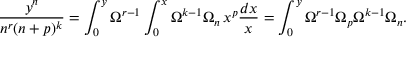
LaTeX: \frac { y ^ { n } } { n ^ { r } ( n + p ) ^ { k } } = \int _ { 0 } ^ { y } \Omega ^ { r - 1 } \int _ { 0 } ^ { x } \Omega ^ { k - 1 } \Omega _ { n } \, x ^ { p } \frac { d x } { x } = \int _ { 0 } ^ { y } \Omega ^ { r - 1 } \Omega _ { p } \Omega ^ { k - 1 } \Omega _ { n } .